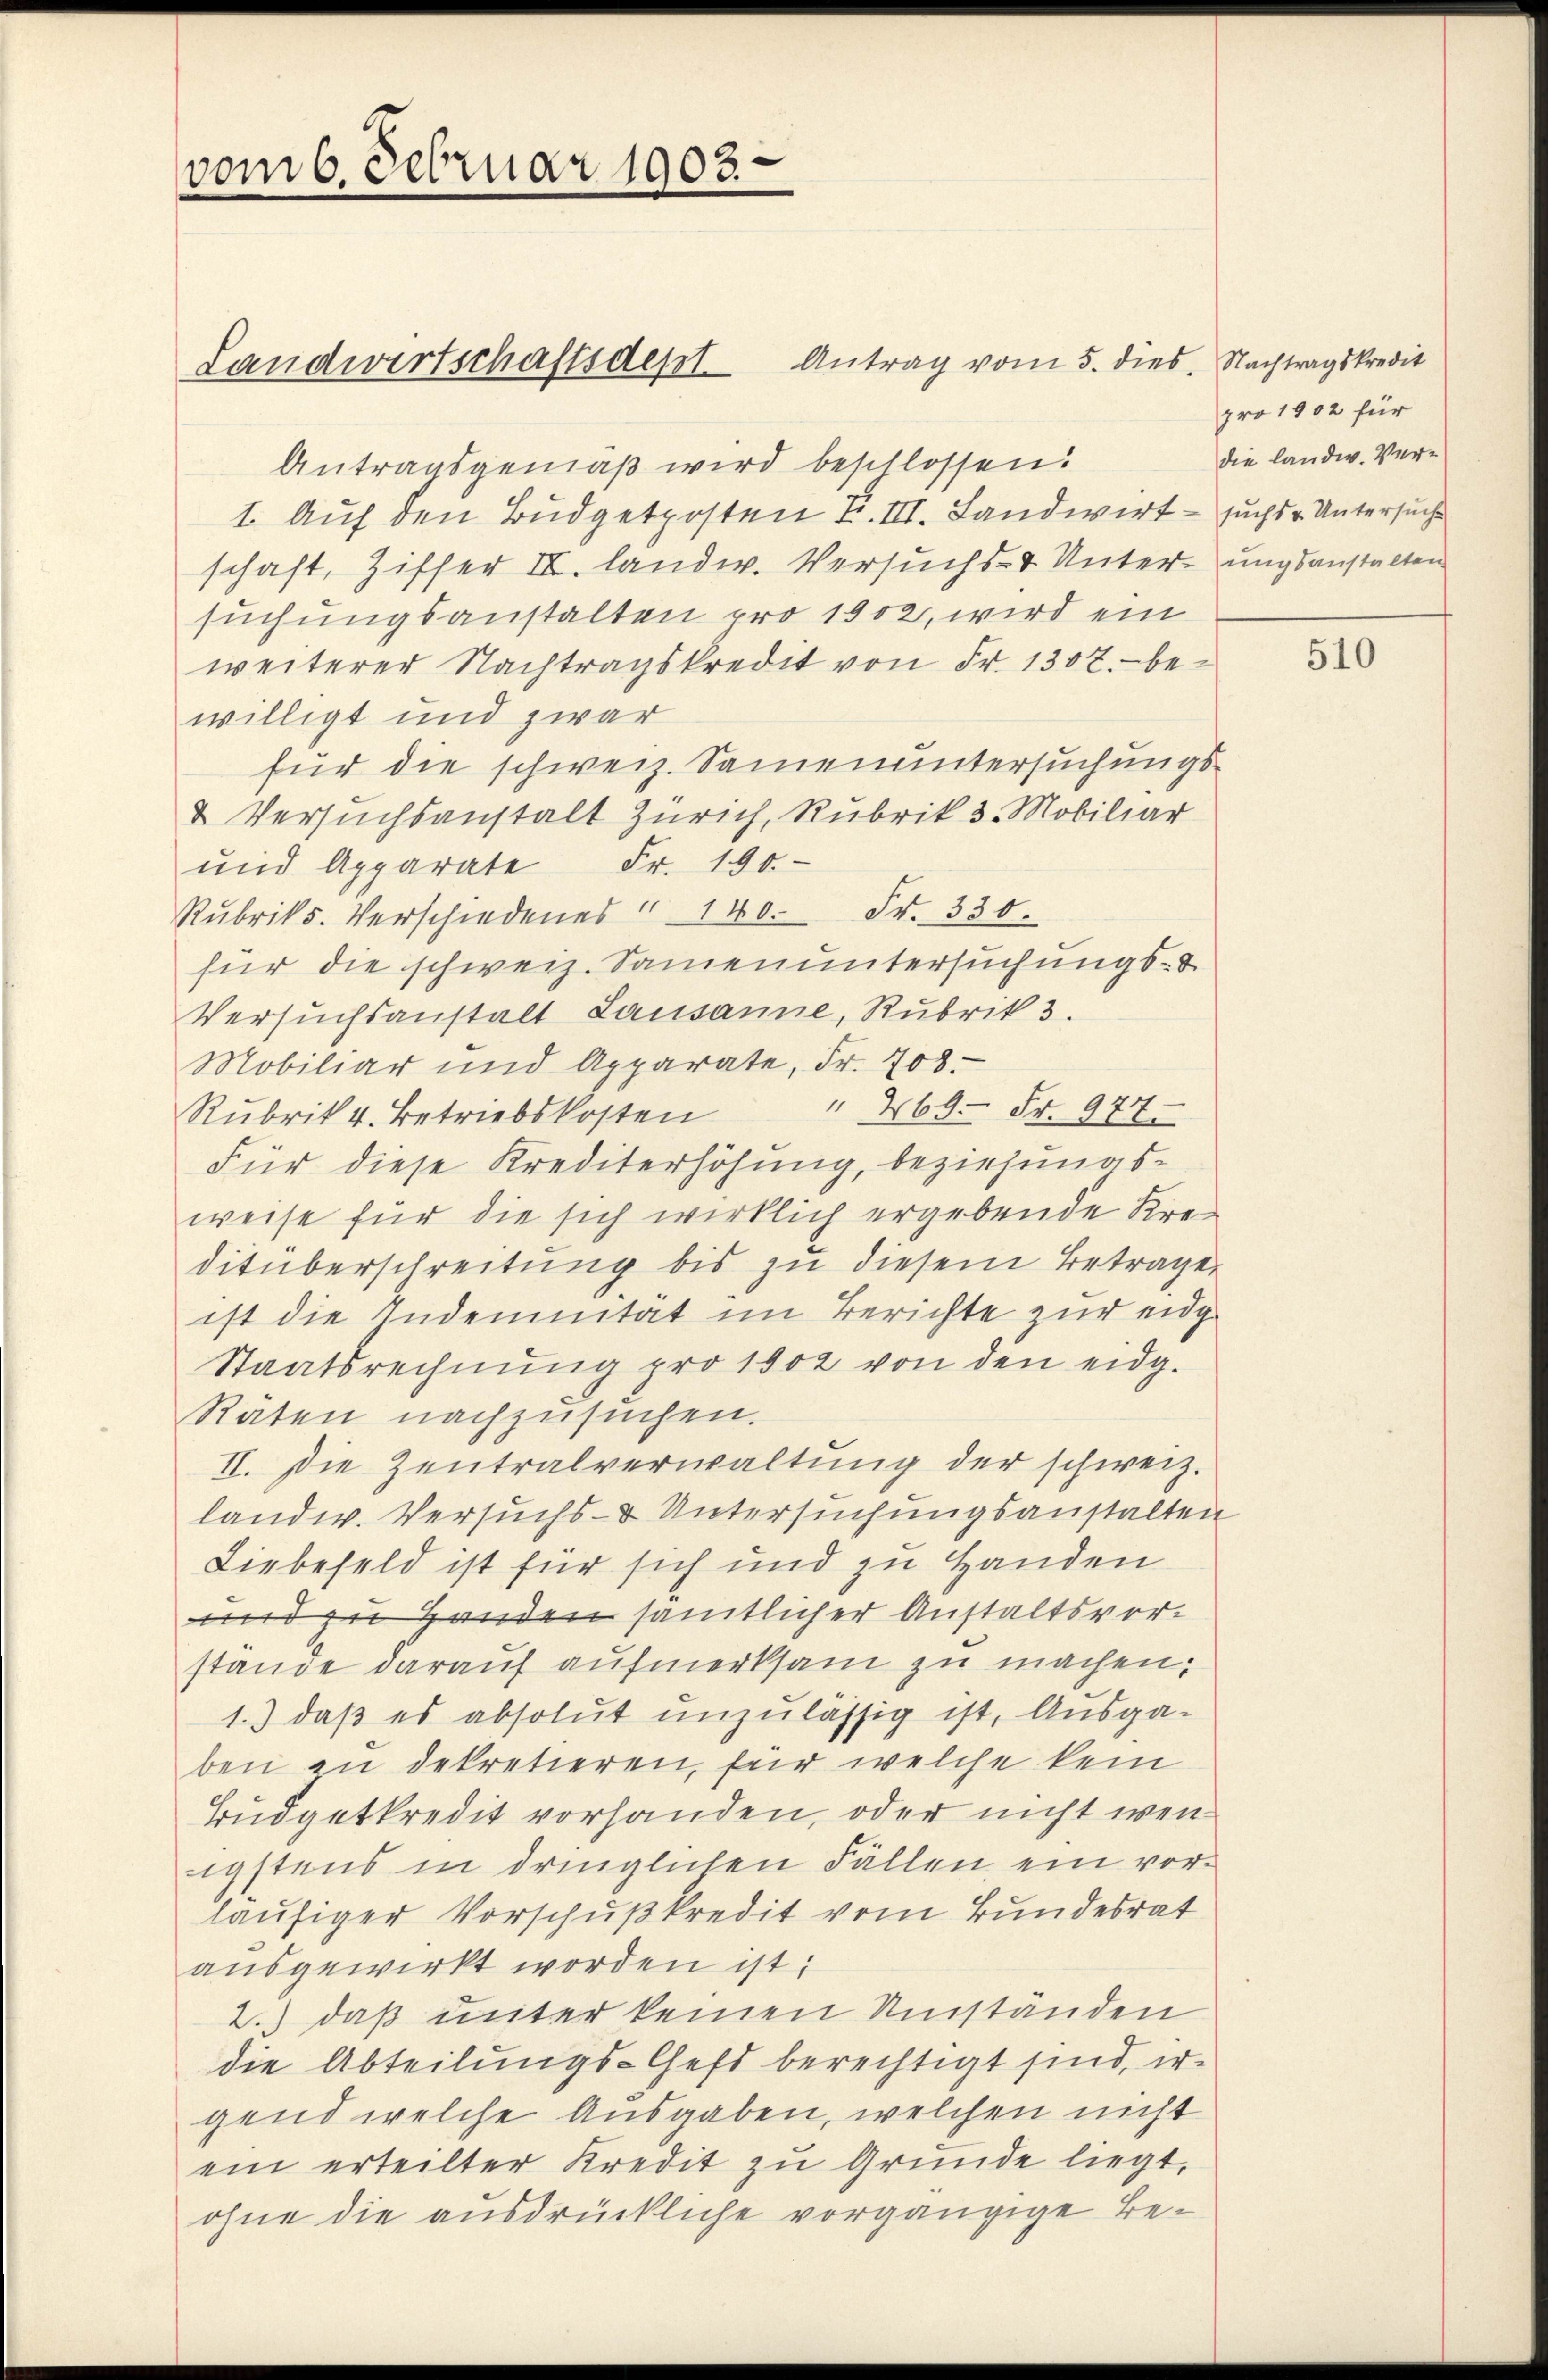
vom 6. Februar 1903.

Landwirtschaftsdest. Antrag vom 5. dies. Nachtragskredit

Antragsgemäß wird beschlossen:
1. Auf den Budgetposten F. III. Landwirt – suchs - Untersuche
schaft, Ziffer II. landw. Versuchs- & Unterungsanstalten
suchungsanstalten pro 1902, wird ein
weiterer Nachtragskredit von Fr. 1307. bewilligt und zwar
für die schweiz. Samenuntersuchungs¬
& Versuchsanstalt Zürich, Rubrik 3. Mobiliar
und Apparate Fr. 190.
Rubrik. Verschiedenes " 140. Fr. 330.
für die schweiz. Samenuntersuchungs-
Versuchsanstalt Lausanne, Rubrik 3.
Mobiliar und Apparate, Fr. 708.
" 269. Fr. 977.
Rubrik 4. Betriebskosten
Für diese Krediterhöhung, beziehungs-
weise für die sich wirklich ergebende Kreditüberschreitung bis zu diesem Betrage,
ist die Indemnität im Berichte zur eidge
Staatsrechnŭng pro 1902 von den eidg.
Räten nachzusuchen.
II. Die Zentralverwaltung der schweiz.
landw. Versuchs- & Untersuchungsanstalten
Liebefeld ist für sich und zu Handen
und zu Handen sämtlicher Anstaltsvorstände darauf aufmerksam zu machen.
1.) daß es absolut unzulässig ist, Ausgaben zu dekretieren, für welche kein
Budgetkredit vorhanden, oder nicht wenigstens in dringlichen Fällen, ein vorläufiger Vorschußkredit vom Bundesrat
ausgewirkt worden ist;
2.) daß unter keinen Umständen
die Abteilungs-Chefs berechtigt sind, ergend welche Ausgaben, welchen nicht
ein erteilter Kredit zu Grunde liegt,
ohne die ausdrückliche vorgängige Be¬

pro 1902 für
die landw. Ver¬

510